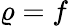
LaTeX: \varrho=f